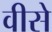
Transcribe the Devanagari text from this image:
वीसे